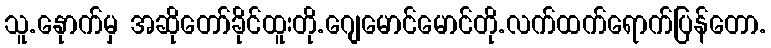
သူ.နေုာက်မှ အဆိုတော်ခိုင်ထူးတို.ဂျေမောင်မောင်တို.လက်ထက်ရောက်ပြန်တော.